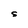
Character: S